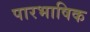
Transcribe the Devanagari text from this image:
पारभाषिक